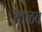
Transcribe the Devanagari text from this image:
मळव